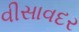
વીસાવદર